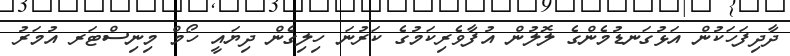
ދާދިފަހަކުން އަޅުގަނޑުމެންގެ ލޮލުން އުފާވެރިކަމުގެ ކަރުނަ ހިލިގެން ދިޔައީ ހޯމް މިނިސްޓަރ އުމަރު